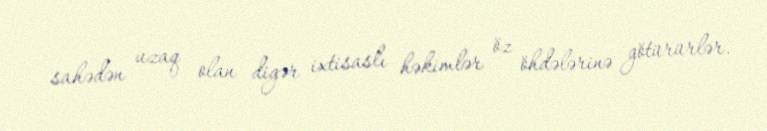
sahədən uzaq olan digər ixtisaslı həkimlər öz öhdələrinə götürürlər.